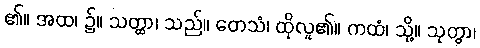
၏။ အထ၊ ၌။ သတ္ထာ၊ သည်။ တေသံ၊ ထိုလူ၏။ ကထံ၊ သို့။ သုတွာ၊